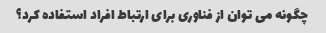
چگونه می توان از فناوری برای ارتباط افراد استفاده کرد؟